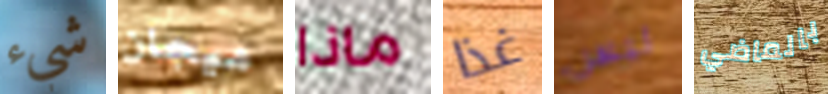
شيء ميجان ماذا غذا ليس بالماضي